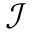
\mathcal { I }